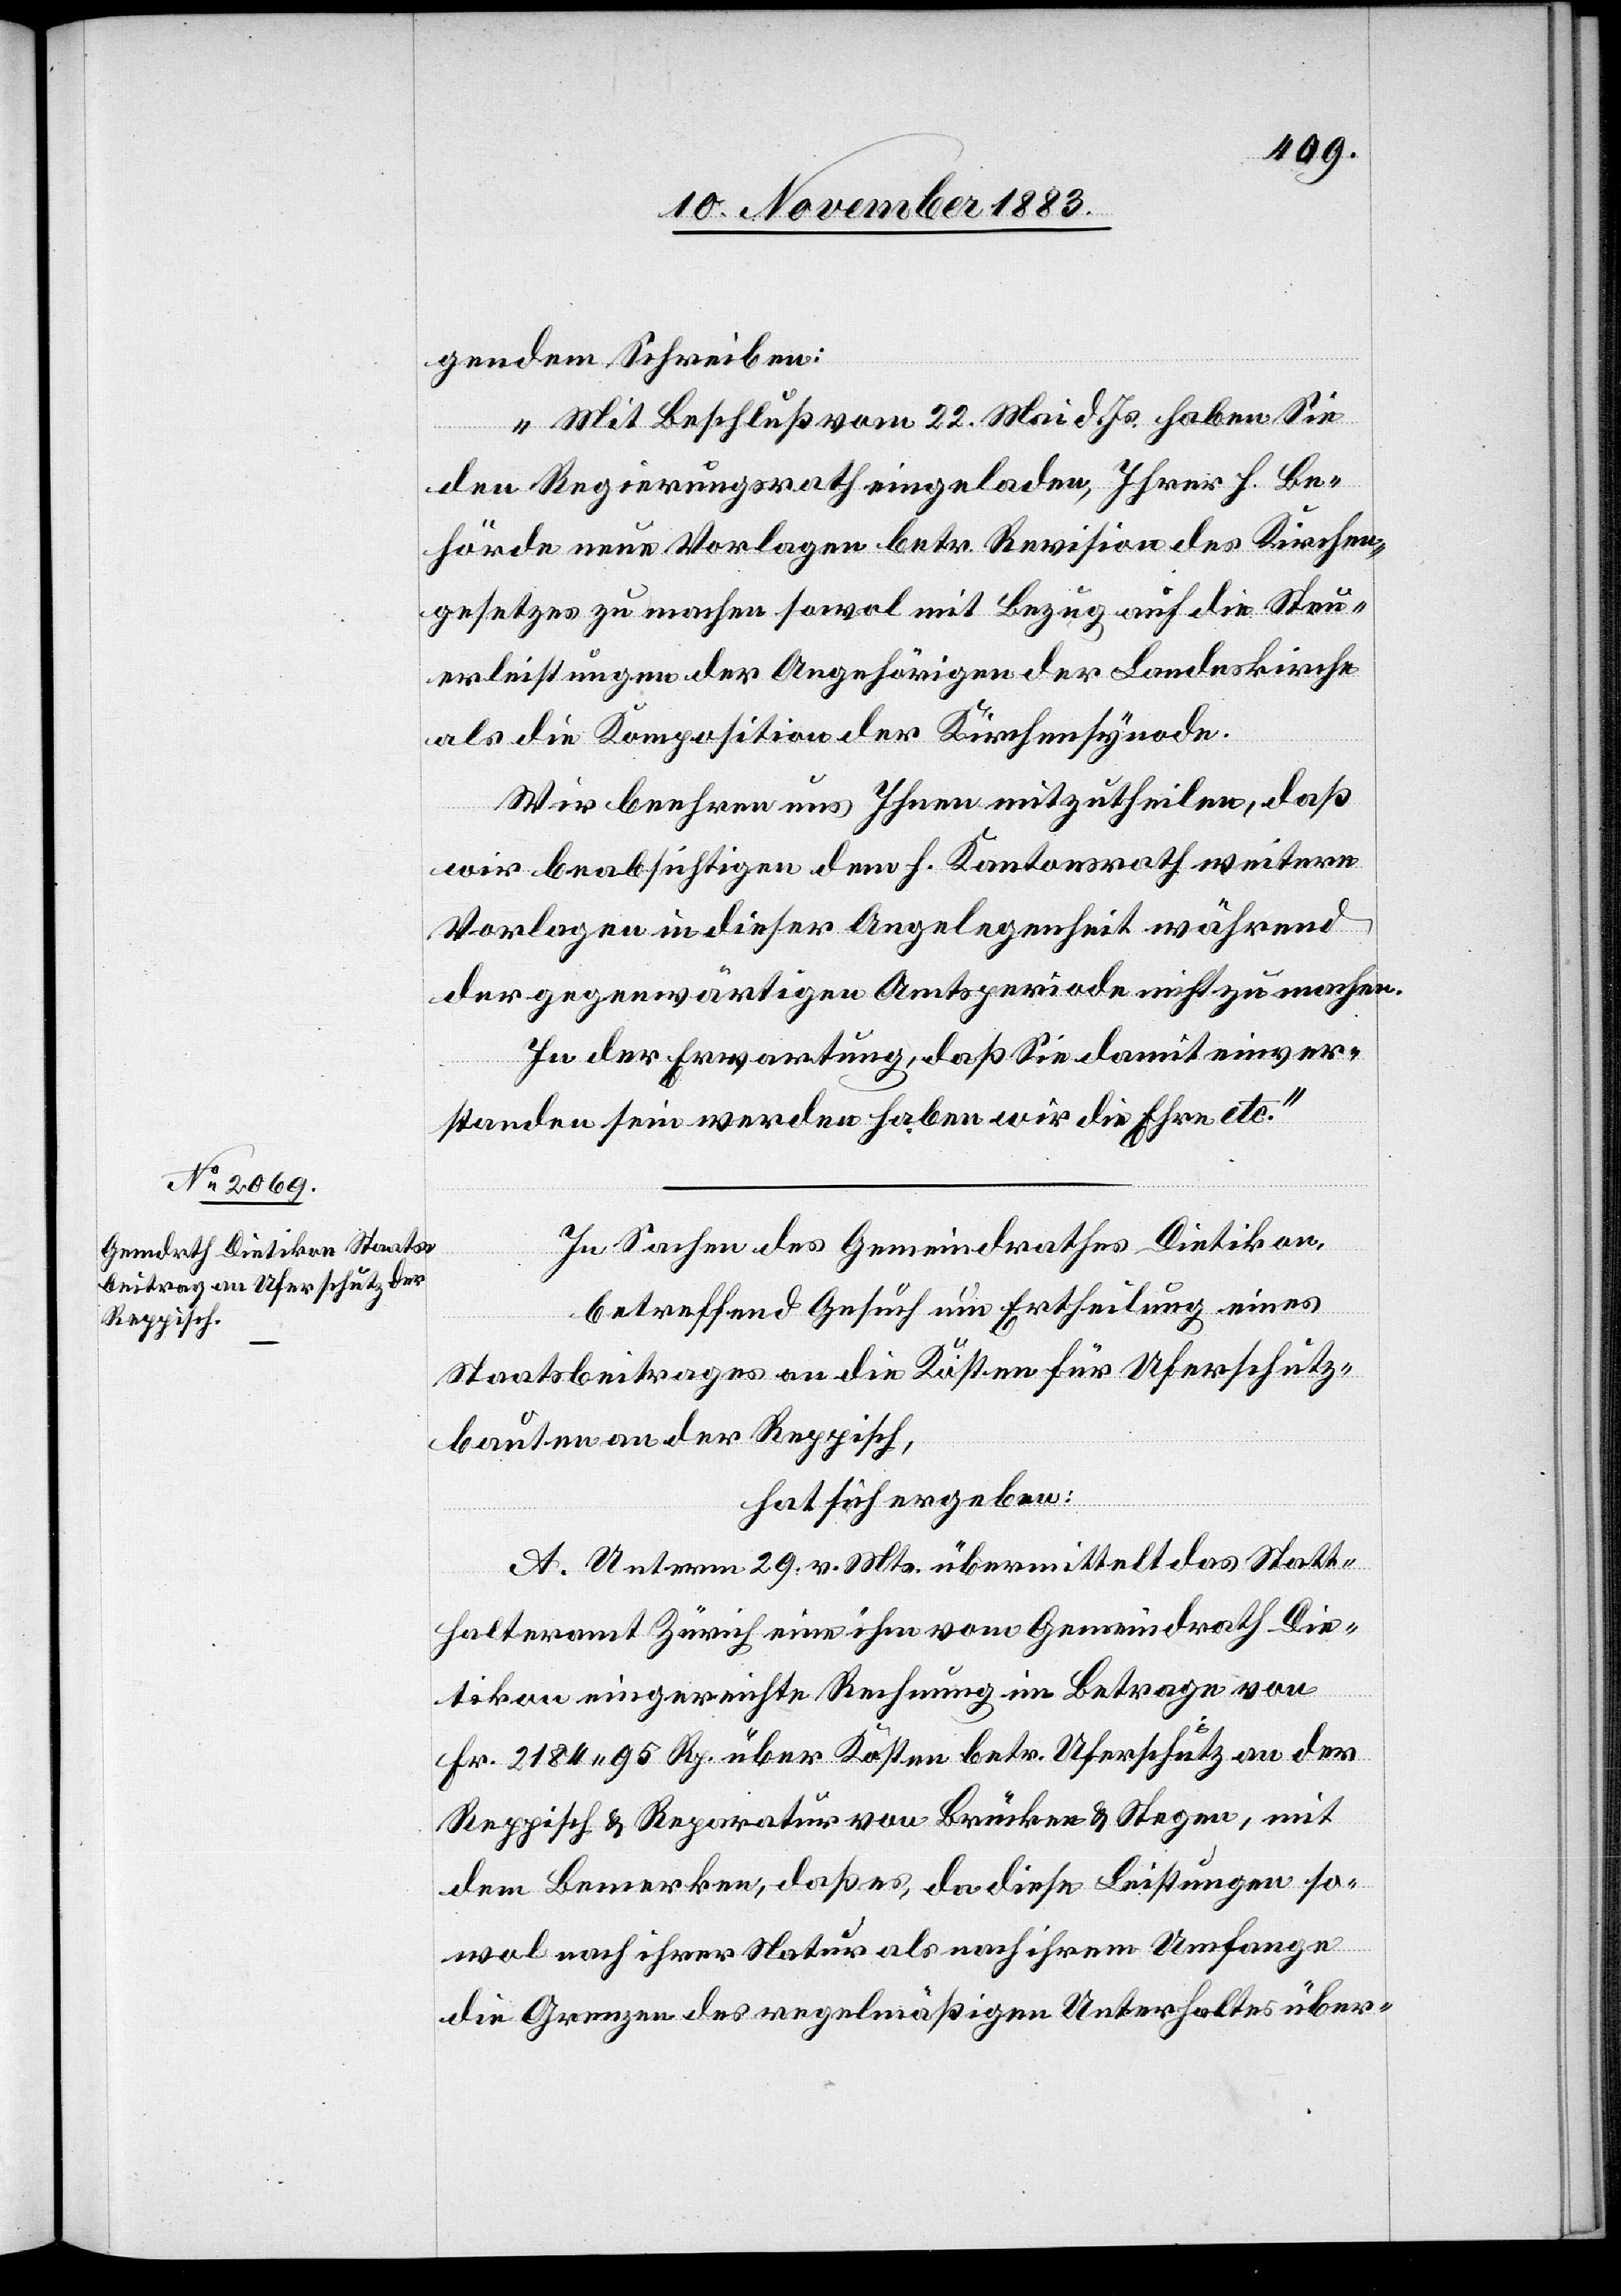
gendem Schreiben:
„Mit Beschluß vom 22. Mai d. Js. haben Sie
den Regierungsrath eingeladen, Ihrer h. Be¬
hörde neue Vorlagen betr. Revision des Kirchen¬
gesetzes zu machen sowol mit Bezug auf die Steu¬
erleistungen der Angehörigen der Landeskirche
als die Komposition der Kirchensynode.
Wir beehren uns Ihnen mitzutheilen, daß
wir beabsichtigen dem h. Kantonsrath weitere
Vorlagen in dieser Angelegenheit während
der gegenwärtigen Amtsperiode nicht zu machen.
In der Erwartung, daß Sie damit einver¬
standen sein werden haben wir die Ehre etc.“
In Sachen des Gemeindrathes Dietikon,
betreffend Gesuch um Ertheilung eines
Staatsbeitrages an die Kosten für Uferschutz¬
bauten an der Reppisch,
hat sich ergeben:
A. Unterm 29. v. Mts übermittelt das Statt¬
halteramt Zürich eine ihm vom Gemeindrath Die¬
tikon eingereichte Rechnung im Betrage von
Fr. 2184 95 Rp. über Kosten betr. Uferschutz an der
Reppisch & Reparatur von Brücken & Stegen, mit
dem Bemerken, daß es, da diese Leistungen so¬
wol nach ihrer Natur als nach ihrem Umfange
die Grenze des regelmäßigen Unterhaltes über-